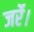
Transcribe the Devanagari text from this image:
जर्रे।